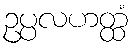
ဥပ္ပလဟတ္ထံ